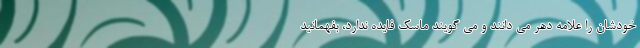
خودشان را علامه دهر می دانند و می گویند ماسک فایده ندارد، بفهمانید